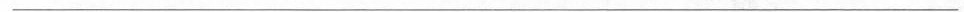
___